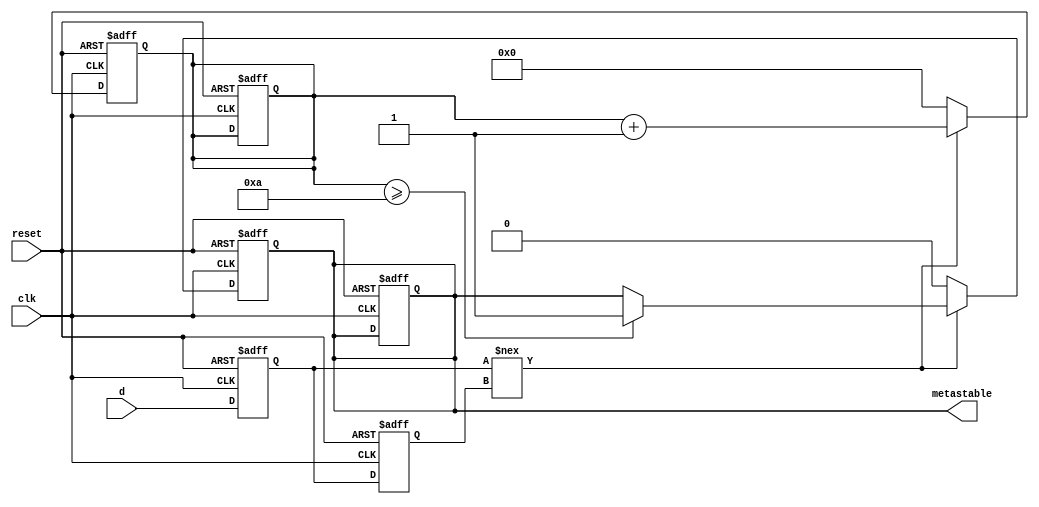
module metastability_detector (
    input wire clk,         // Clock signal
    input wire reset,       // Asynchronous reset signal
    input wire d,           // Signal to monitor for metastability
    output reg metastable   // Output signal indicating metastability state
);

    // Internal signals for flip-flop outputs
    reg Q1, Q2;

    // Parameters for timing constraints
    parameter METASTABLE_TIME = 10; // Time to consider for metastability detection (in clock cycles)

    // Counter to track the number of clock cycles in metastable state
    reg [3:0] metastable_counter;

    // Sampling flip-flops
    always @(posedge clk or posedge reset) begin
        if (reset) begin
            Q1 <= 1'b0;
            Q2 <= 1'b0;
            metastable <= 1'b0;
            metastable_counter <= 4'b0;
        end else begin
            Q1 <= d; // Sample the input signal d
            Q2 <= Q1; // Sample the output of the first flip-flop
        end
    end

    // Metastability detection logic
    always @(posedge clk or posedge reset) begin
        if (reset) begin
            metastable <= 1'b0;
            metastable_counter <= 4'b0;
        end else begin
            // Check if Q1 and Q2 are different, indicating a potential metastable state
            if (Q1 !== Q2) begin
                metastable_counter <= metastable_counter + 1;
                if (metastable_counter >= METASTABLE_TIME) begin
                    metastable <= 1'b1; // Indicate metastable state
                end
            end else begin
                metastable_counter <= 4'b0; // Reset counter if stable
                metastable <= 1'b0; // Clear metastable indication
            end
        end
    end

endmodule